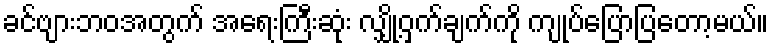
ခင်ဗျားဘဝအတွက် အရေးကြီးဆုံး လျှို့ဝှက်ချက်ကို ကျုပ်ပြောပြတော့မယ်။